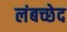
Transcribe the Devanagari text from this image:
लंबच्छेद